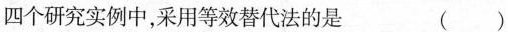
四个研究实例中，采用等效替代法的是 ()